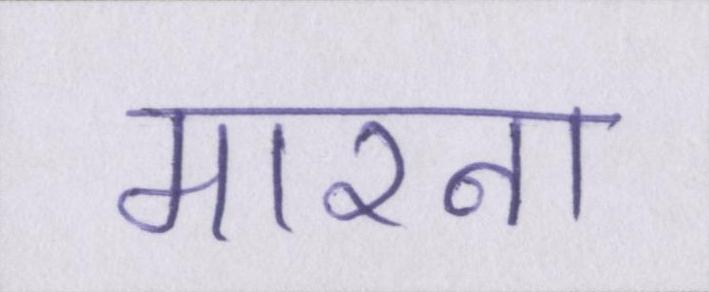
मारना